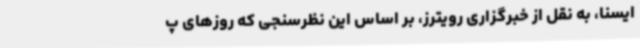
ایسنا، به نقل از خبرگزاری رویترز، بر اساس این نظرسنجی که روزهای پ